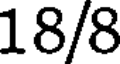
18/8